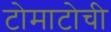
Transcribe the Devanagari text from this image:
टोमाटोची